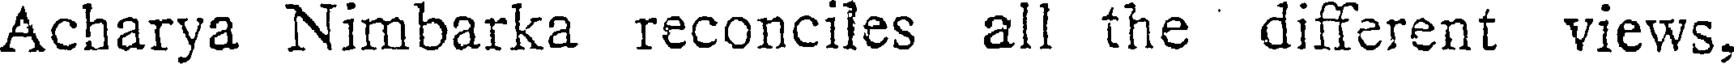
Acharya Nimbarka reconciles all the different views,